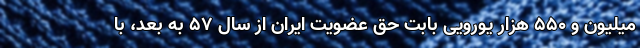
میلیون و 550 هزار یورویی بابت حق عضویت ایران از سال 57 به بعد، با